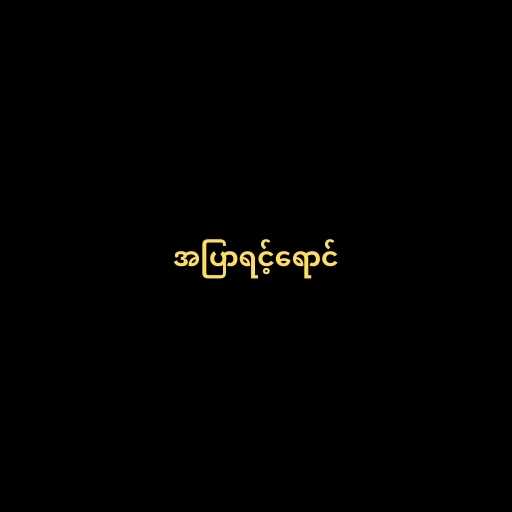
အပြာရင့်ရောင်